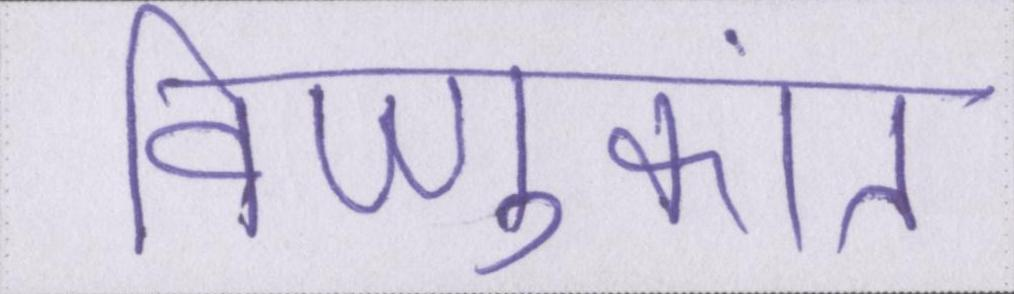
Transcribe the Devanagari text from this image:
विष्णुकांत